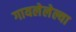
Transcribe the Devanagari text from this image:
गायलेलेल्या